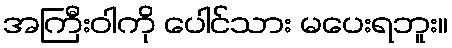
အကြီးဝါကို ပေါင်သား မပေးရဘူး။